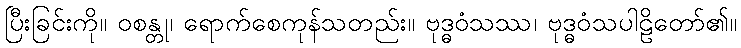
ပြီးခြင်းကို။ ဝစန္တု၊ ရောက်စေကုန်သတည်း။ ဗုဒ္ဓဝံသဿ၊ ဗုဒ္ဓဝံသပါဠိတော်၏။